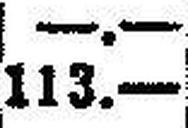
113.—